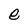
Character: e